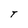
Character: T